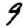
Digit: 9